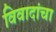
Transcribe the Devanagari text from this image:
विवादांचा